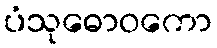
ပံသုဓောဝကော